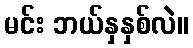
မင်း ဘယ်နှနှစ်လဲ။